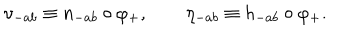
LaTeX: \nu _ { - a b } \equiv n _ { - a b } \circ \varphi _ { + } , \qquad \eta _ { - a b } \equiv h _ { - a b } \circ \varphi _ { + } .